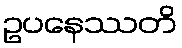
ဥပနေဿတိ